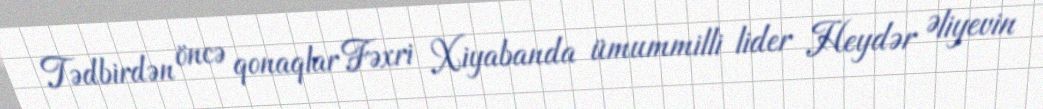
Tədbirdən öncə qonaqlar Fəxri Xiyabanda ümummilli lider Heydər Əliyevin